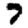
Digit: 7